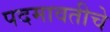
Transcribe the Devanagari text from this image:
पदमावतीचे